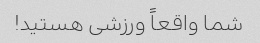
شما واقعاً ورزشی هستید!